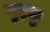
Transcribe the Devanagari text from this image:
मुद्दलु